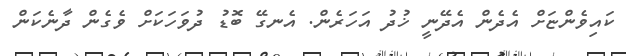
ކައިވެންޏަށް އެދެން އެދޭނީ ޚުދު އަހަރެން. އެނގޭ ބޮޑު ދުވަހަކަށް ވެގެން ދާނެކަން